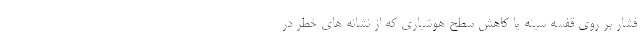
فشار بر روی قفسه سینه یا کاهش سطح هوشیاری که از نشانه های خطر در